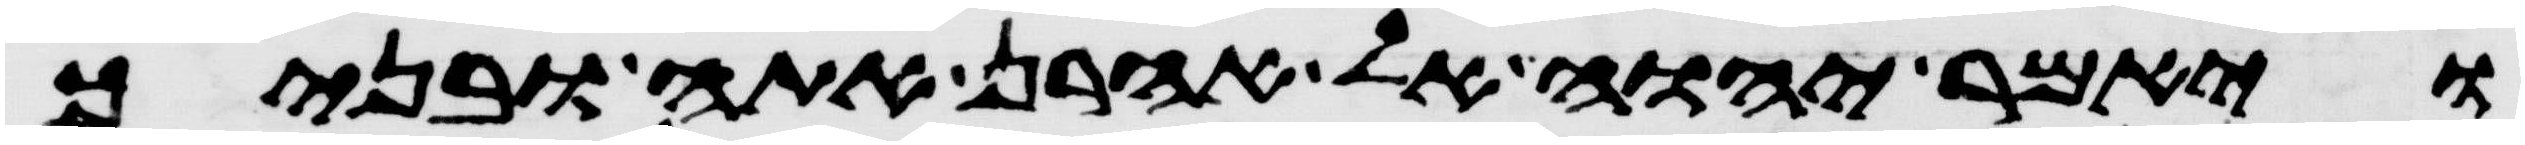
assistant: ויאמר יהוה אל אהרן אתה ובניך